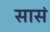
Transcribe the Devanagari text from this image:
सासं